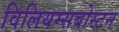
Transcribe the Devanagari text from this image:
विलियम्सबोस्टन